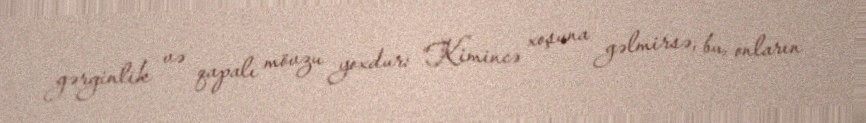
gərginlik və qapalı mövzu yoxdur: "Kimincə xoşuna gəlmirsə, bu, onların